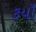
કયાઁ